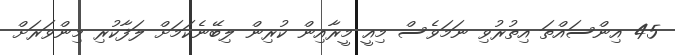
45 އިންސައްތަ އިތުރުވި ނަމަވެސް މިއީ މީރާއިން ކުރިން ލިބޭނެކަމަށް ލަފާކުރި މިންވަރަށް